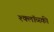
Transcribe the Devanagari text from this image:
श्क्लॉव्स्की